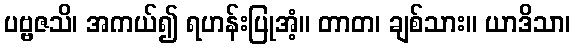
ပဗ္ဗဇသိ၊ အကယ်၍ ရဟန်းပြုအံ့။ တာတ၊ ချစ်သား။ ယာဒိသာ၊